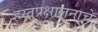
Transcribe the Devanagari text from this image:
हस्तप्रक्षालनाचे